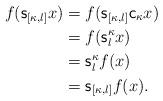
LaTeX: \begin{align*}f({\sf s}_{[\kappa, l]}x)&=f({\sf s}_{[\kappa, l]}{\sf c}_{\kappa}x)\\&=f({\sf s}^{\kappa}_{l}x)\\&={\sf s}^{\kappa}_{l}f(x)\\&={\sf s}_{[\kappa, l]}f(x).\end{align*}